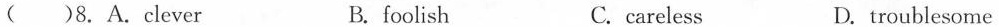
( )8.A.Clever B. foolish C. careless D. troublesome